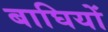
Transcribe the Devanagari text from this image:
बाघियों